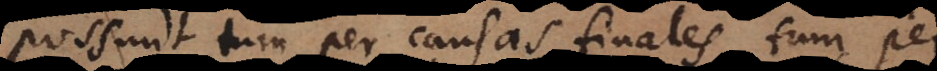
possunt tum per causas finales, tum per